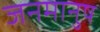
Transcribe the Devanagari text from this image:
जनमानुष